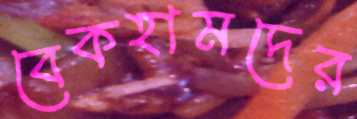
বেকহামদের